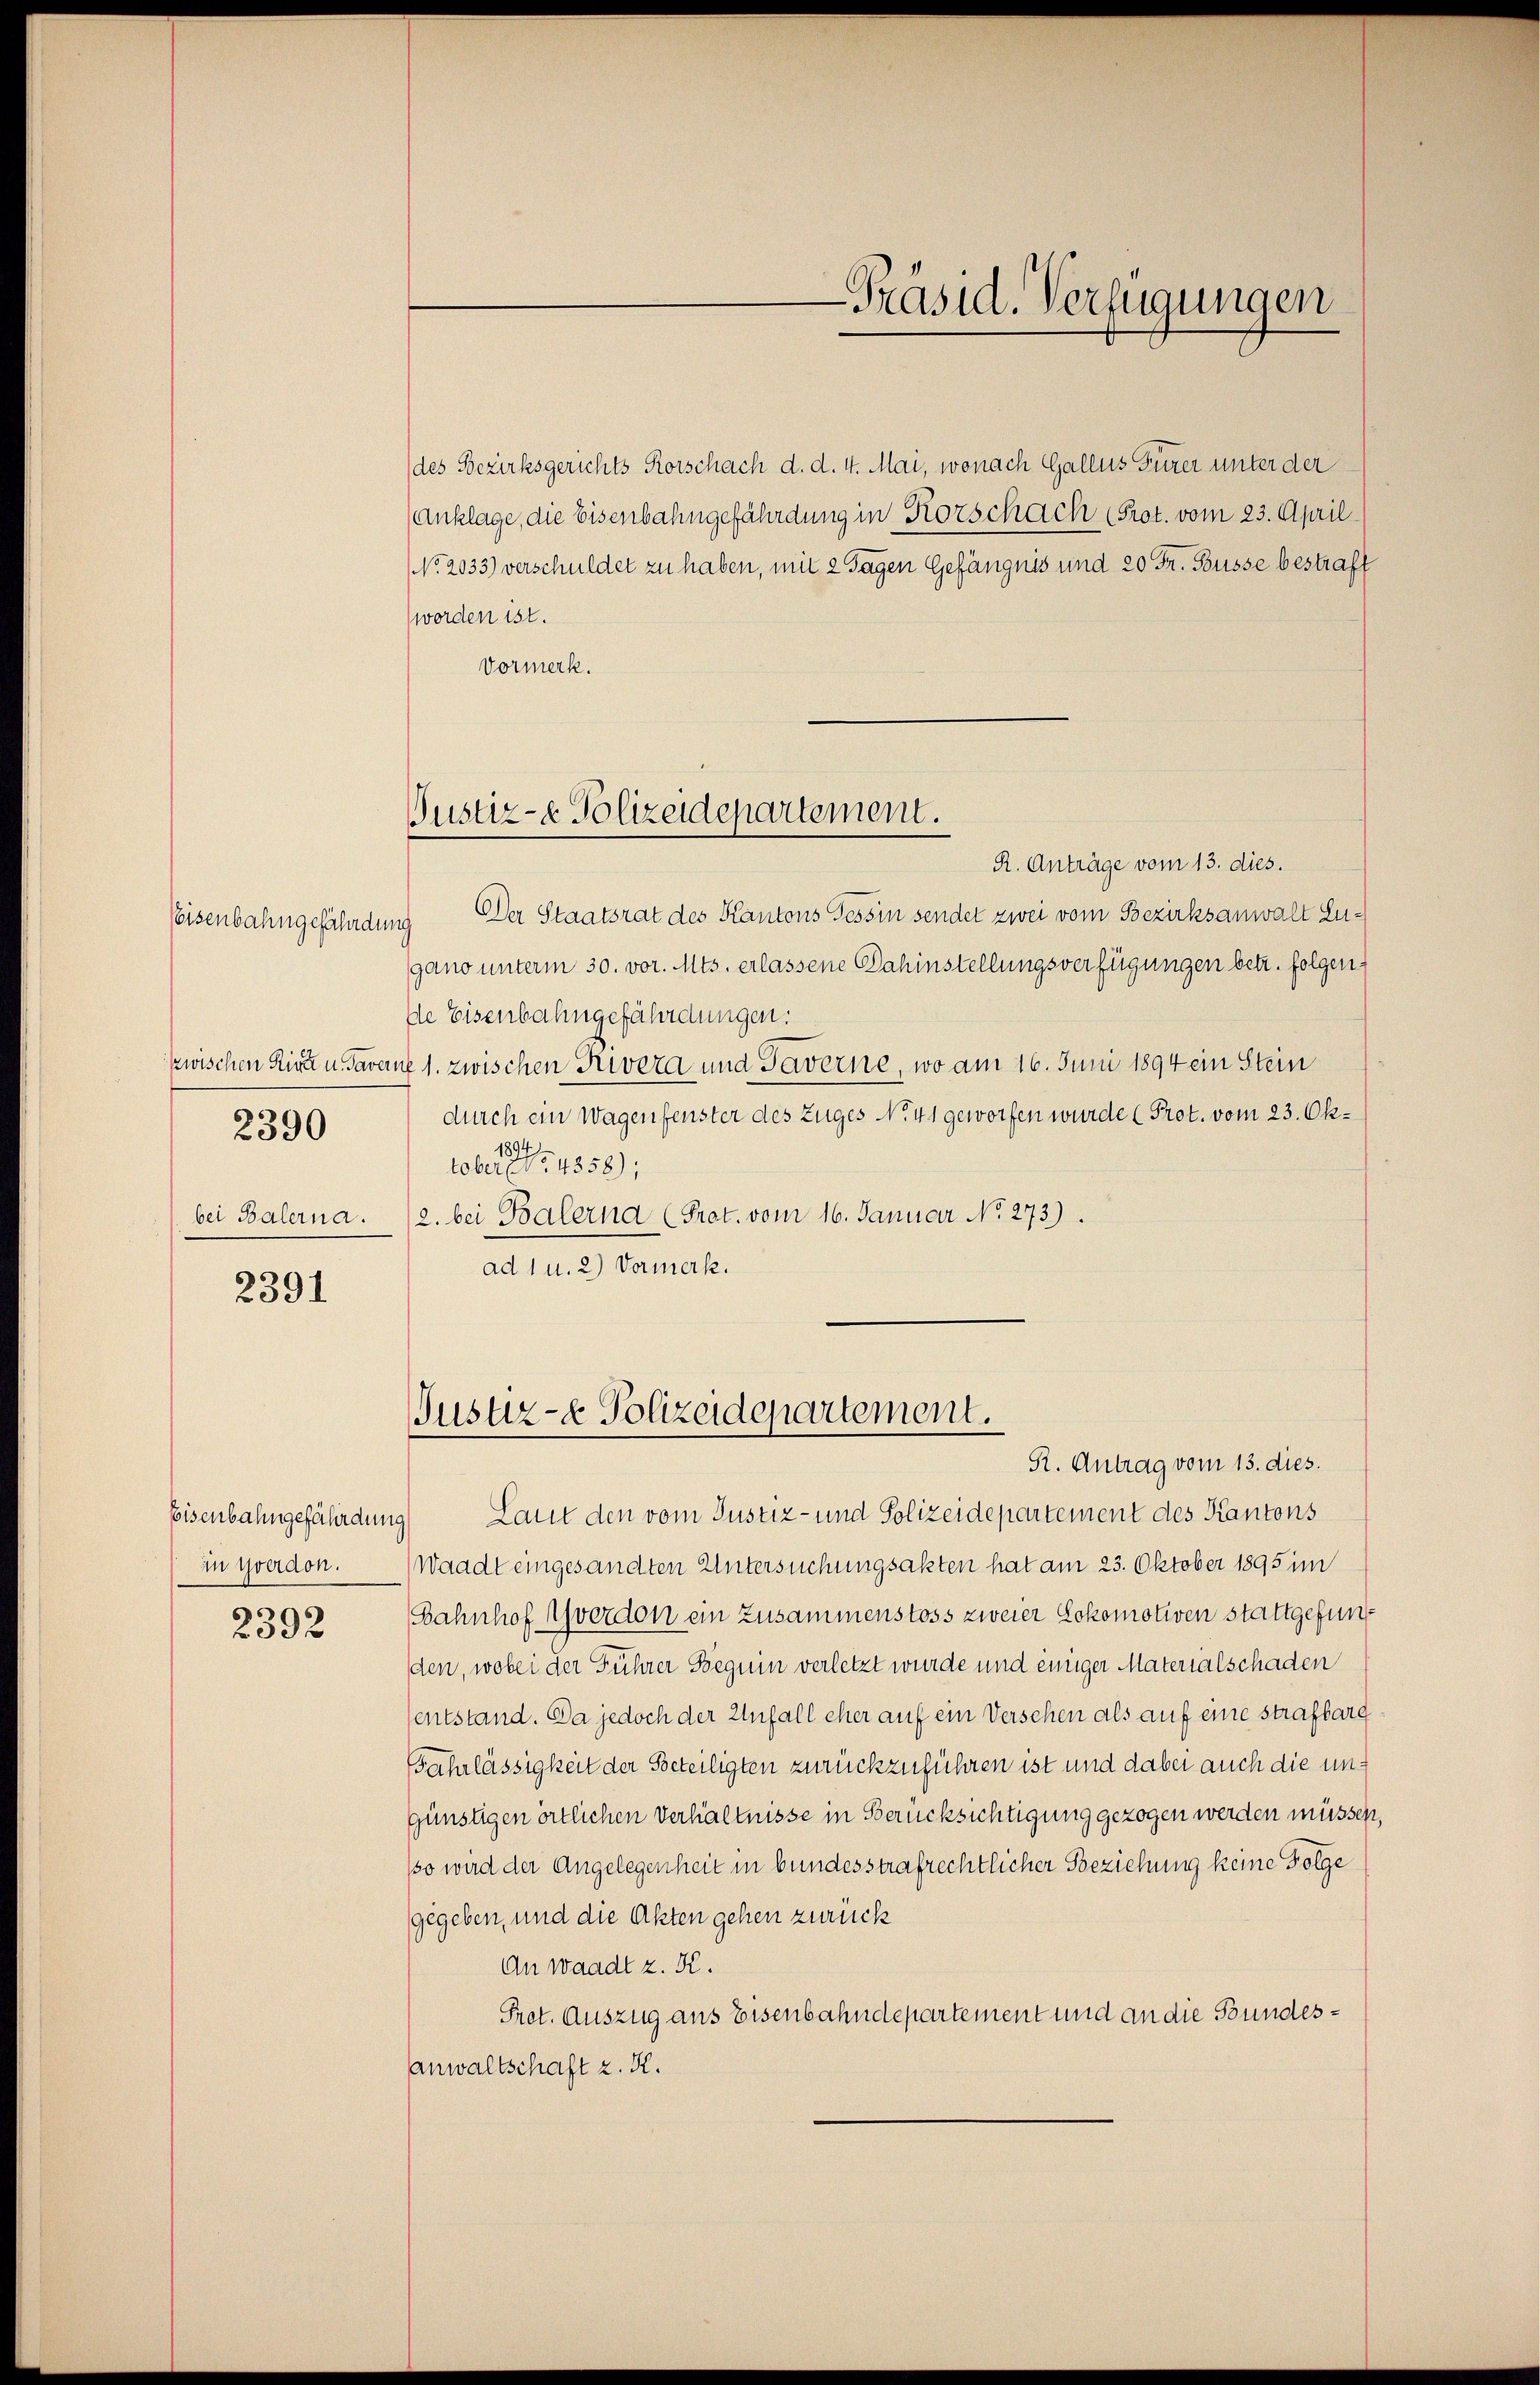
Eisenbahngefährdung
2390
bei Balerna.

2391

Eisenbahngefährdung
in Yverdon.
s

2392

des Bezirksgerichts Korschach d. d. 4. Mai, wonach Gallus Furer unter der
Anklage, die Eisenbahngefährdung in Korschach (Prot. vom 23. April
No. 2033) verschuldet zu haben, mit 2 Tagen Gefängnis und 20 Fr. Busse bestraft
worden ist.
Vormerk.

Justiz-e Polizeidepartement.

R. Anträge vom 13. dies.
Der Staatsrat des Kantons Tessin sendet zwei vom Bezirksanwalt Zugano unterm 30. vor. Mts. erlassene Dahinstellungsverfügungen betr. folgende Eisenbahngefährdungen.
zwischen Kinde u. Taverne 1. zwischen Trivera und Taverne, wo am 16. Juni 1894 ein Stein
durch ein Wagenfenster des Zuges No 41 geworfen wurde (Prot. vom 23. Ok¬
1894
tober No. 4858);
2. bei Balerna (Prot. vom 16. Januar No. 273).
ad 1 u. 2) Vormerk.

Justiz- & Polizeidepartement.

-Präsid. Verfügungen

R. Antrag vom 13. dies.
Laut den vom Justiz- und Polizeidepartement des Kantons
Waadt eingesandten Untersuchungsakten hat am 23. Oktober 1895 im
Bahnhof Yverdon ein Zusammenstoss zweier Lokomotiven stattgefunden, wobei der Führer Beguin verletzt wurde und einiger Materialschaden
sentstand. Da jedoch der Unfall eher auf ein Versehen als auf eine Strafbarg
Fahrlässigkeit der Beteiligten zurückzuführen ist und dabei auch die ungünstigen örtlichen Verhältnisse in Berücksichtigung gezogen werden müssen,
(so wird der Angelegenheit in bundesstrafrechtlicher Beziehung keine Folge
gegeben, und die Akten gehen zurück
An waadt z. K.
Pret. Auszug aus Eisenbahndepartement und an die Bundes¬
Anwaltschaft z. K.